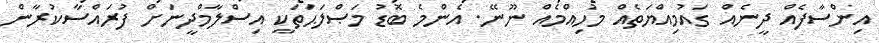
އިންސާފެއް ދީނެއް ގައުމިއްޔަތެއް މުހިއްމެއް ނޫނޭ. އެންމެ ބޮޑު މަޞްލަޙަތަކީ އިސްލާމްދީނަށް ފުރައްސާކުރާން